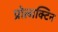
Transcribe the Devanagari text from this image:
प्रोलाक्टिन